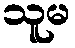
သူမ